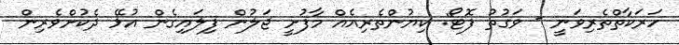
ހަރަކާތްތެރިވަނީ - ވަގުތު ފޮޓޯ: ކިޔުންތެރިއެއް މާފުށީ ޖަލުން ފިލައިގެން އުޅޭ ދެކުށްވެރިން